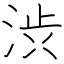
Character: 渋